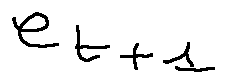
e _ { t + 1 }